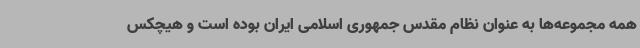
همه مجموعه‌ها به عنوان نظام مقدس جمهوری اسلامی ایران بوده است و هیچکس